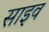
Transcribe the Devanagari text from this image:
साइव